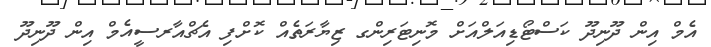
އެމް އިން ދޫނިދޫ ކަސްޓޯޑިއަލްއަށް މޮނިޓަރިންގ ޒިޔާރަތެއް ކޮށްފި އެޗްއާރސީއެމް އިން ދޫނިދޫ